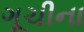
ગૂચીના